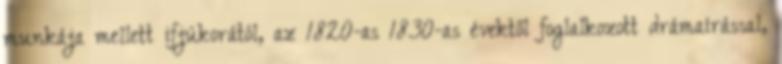
munkája mellett ifjúkorától, az 1820-as 1830-as évektől foglalkozott drámaírással,